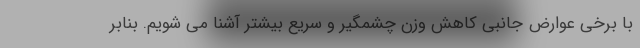
با برخی عوارض جانبی کاهش وزن چشمگیر و سریع بیشتر آشنا می شویم. بنابر